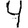
Digit: 4